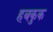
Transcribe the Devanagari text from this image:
हबकुक